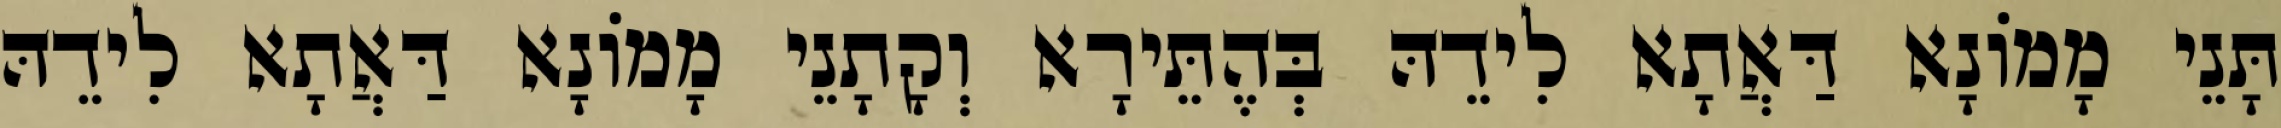
תָּנֵי מָמוֹנָא דַּאֲתָא לִידֵהּ בְּהֶתֵּירָא וְקָתָנֵי מָמוֹנָא דַּאֲתָא לִידֵהּ